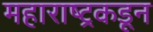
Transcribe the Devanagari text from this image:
महाराष्ट्रकडून